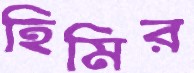
হিমির